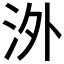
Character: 𣳢